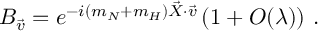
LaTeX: B _ { \vec { v } } = e ^ { - i ( m _ { N } + m _ { H } ) \vec { X } \cdot \vec { v } } \left( 1 + { \cal O } ( \lambda ) \right) \, .